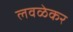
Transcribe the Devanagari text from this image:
लवळेकर